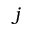
j